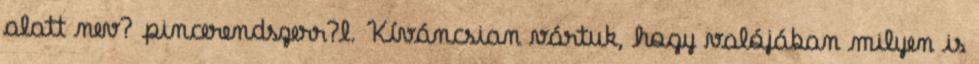
alatt nev? pincerendszerr?l. Kíváncsian vártuk, hogy valójában milyen is